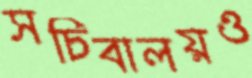
সচিবালয়ও